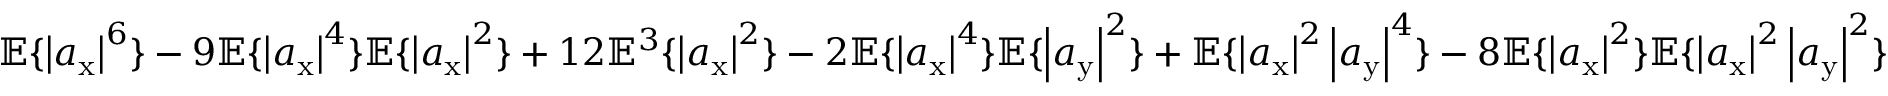
\mathbb { E } \{ \left| a _ { \mathrm { x } } \right| ^ { 6 } \} - 9 \mathbb { E } \{ \left| a _ { \mathrm { x } } \right| ^ { 4 } \} \mathbb { E } \{ \left| a _ { \mathrm { x } } \right| ^ { 2 } \} + 1 2 \mathbb { E } ^ { 3 } \{ \left| a _ { \mathrm { x } } \right| ^ { 2 } \} - 2 \mathbb { E } \{ \left| a _ { \mathrm { x } } \right| ^ { 4 } \} \mathbb { E } \{ \left| a _ { \mathrm { y } } \right| ^ { 2 } \} + \mathbb { E } \{ \left| a _ { \mathrm { x } } \right| ^ { 2 } \left| a _ { \mathrm { y } } \right| ^ { 4 } \} - 8 \mathbb { E } \{ \left| a _ { \mathrm { x } } \right| ^ { 2 } \} \mathbb { E } \{ \left| a _ { \mathrm { x } } \right| ^ { 2 } \left| a _ { \mathrm { y } } \right| ^ { 2 } \}